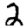
Digit: 2